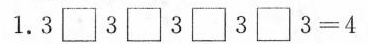
1.$$3 \Box 3 \Box 3 \Box 3 \Box 3 = 4$$